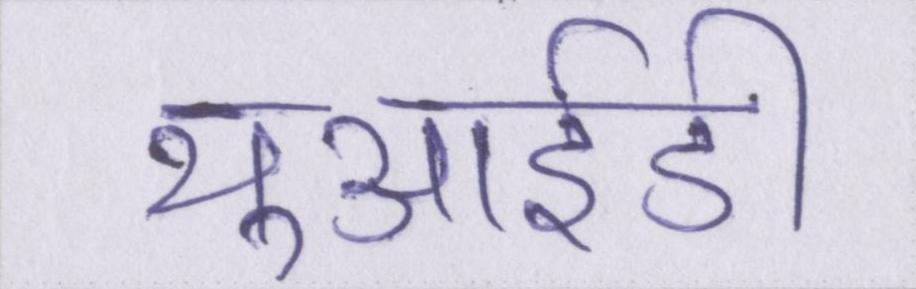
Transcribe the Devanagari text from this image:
यूआईडी